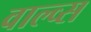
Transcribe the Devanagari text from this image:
वाल्व्स